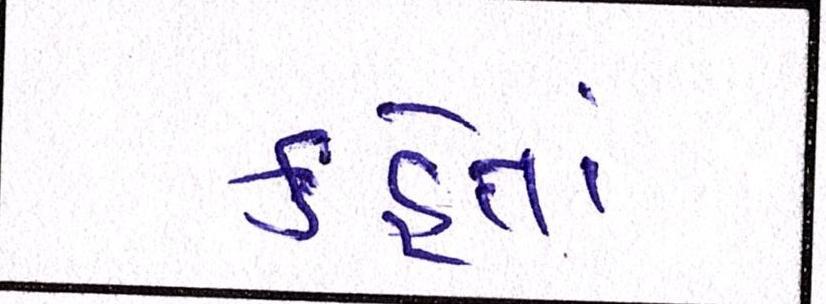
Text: કહેતાં